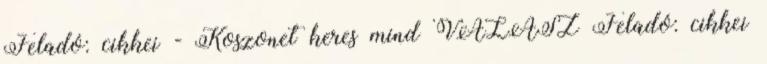
Feladó: cikkei - Koszonet keres mind VÁLASZ Feladó: cikkei